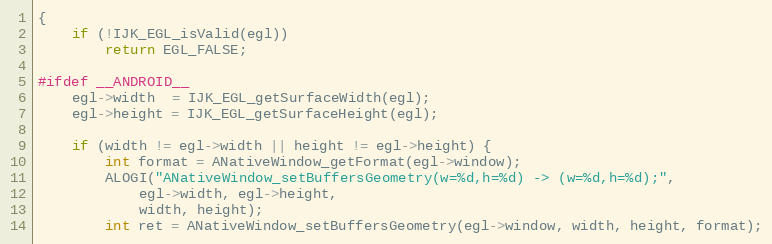
Language: C
{
    if (!IJK_EGL_isValid(egl))
        return EGL_FALSE;

#ifdef __ANDROID__
    egl->width  = IJK_EGL_getSurfaceWidth(egl);
    egl->height = IJK_EGL_getSurfaceHeight(egl);

    if (width != egl->width || height != egl->height) {
        int format = ANativeWindow_getFormat(egl->window);
        ALOGI("ANativeWindow_setBuffersGeometry(w=%d,h=%d) -> (w=%d,h=%d);",
            egl->width, egl->height,
            width, height);
        int ret = ANativeWindow_setBuffersGeometry(egl->window, width, height, format);